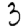
Digit: 3